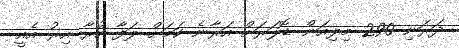
ދަރަނި 290 މިލިއަން ޑޮލަރަށް އަރާނެ ކަމަށް ލަފާ ކުރާ އިރު އެއީ